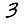
Digit: 3